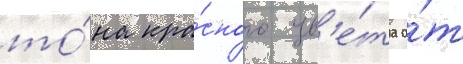
то́на кра́сного цв'е́та о́т